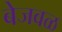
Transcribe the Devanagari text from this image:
बेजवळ